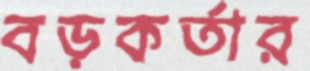
বড়কর্তার